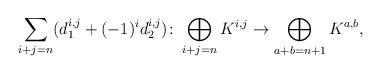
LaTeX: \begin{align*}\sum_{i+j=n}(d_{1}^{i,j}+(-1)^id_{2}^{i,j})\colon\bigoplus_{i+j=n}K^{i,j}\to \bigoplus_{a+b=n+1} K^{a,b},\end{align*}